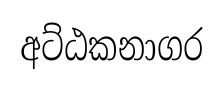
අට්ඨකනාගර